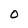
Character: 0